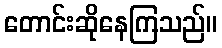
တောင်းဆိုနေကြသည်။